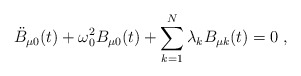
\begin{align*}\ddot{B}_{\mu 0}(t)+\omega_0^2B_{\mu 0}(t)+\sum_{k=1}^N\lambda_kB_{\mu k}(t)=0\;,\end{align*}